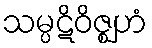
သမ္ပဋိဝိဇ္ဈဟံ